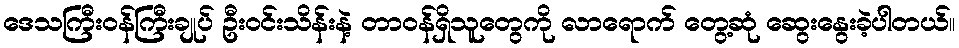
ဒေသကြီးဝန်ကြီးချုပ် ဦးဝင်းသိန်းနဲ့ တာဝန်ရှိသူတွေကို လာရောက် တွေ့ဆုံ ဆွေးနွေးခဲ့ပါတယ်။